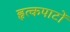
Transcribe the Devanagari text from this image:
हृत्कपाटों